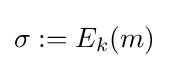
\sigma :=E_{k}(m)